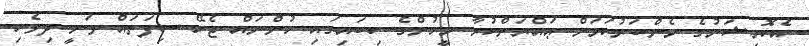
އެކޮމިޝަނުގެ މެންބަރުކަމަށް ޢައްޔަންކުރާ މީހުންގެ ކިބައިގައި ހުންނައް ޖެހޭ ސިފަތައް ވަނީ ދިވެހި